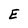
Character: E